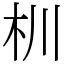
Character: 杊